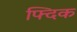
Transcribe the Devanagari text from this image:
फ्दिक